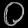
Digit: ၀